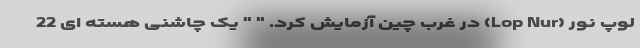
لوپ نور (Lop Nur) در غرب چین آزمایش کرد. " " یک چاشنی هسته ای 22